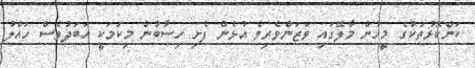
ކަންކޮޅުތަކުގެ މީހުން މާލޭގައި ވަޒަންވެރިވެ އުޅެން ފެށި ހިސާބުން މިކަމަކީ އަބަދުވެސް ހައްލު